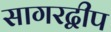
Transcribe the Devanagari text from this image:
सागरद्वीप